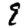
Digit: 9